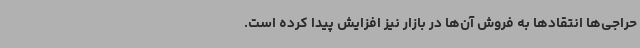
حراجی‌ها انتقادها به فروش ‌آن‌ها در بازار نیز افزایش پیدا کرده است.